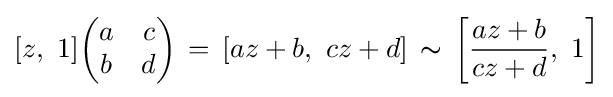
[z,\ 1]{\begin{pmatrix}a&c\\b&d\end{pmatrix}}\,=\,[az+b,\ cz+d]\,\thicksim \,\left[{\frac {az+b}{cz+d}},\ 1\right]